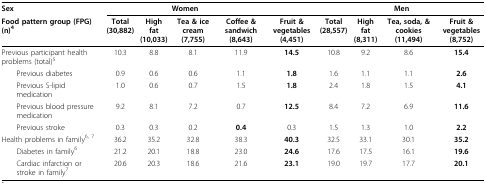
<table><thead><tr><td><b>Sex</b></td><td colspan="4"><b>Women</b></td><td></td><td colspan="4"><b>Men</b></td></tr><tr><td><b>Food pattern group (FPG)(n)<sup>4</sup></b></td><td><b>Total(30,882)</b></td><td><b>High fat(10,033)</b></td><td><b>Tea &amp; ice cream(7,755)</b></td><td><b>Coffee &amp; sandwich(8,643)</b></td><td><b>Fruit &amp; vegetables(4,451)</b></td><td><b>Total(28,557)</b></td><td><b>High fat(8,311)</b></td><td><b>Tea, soda, &amp; cookies(11,494)</b></td><td><b>Fruit &amp; vegetables(8,752)</b></td></tr></thead><tbody><tr><td>Previous participant health problems (total)<sup>5</sup></td><td>10.3</td><td>8.8</td><td>8.1</td><td>11.9</td><td><b>14.5</b></td><td>10.8</td><td>9.2</td><td>8.6</td><td><b>15.4</b></td></tr><tr><td> Previous diabetes</td><td>0.9</td><td>0.6</td><td>0.6</td><td>1.1</td><td><b>1.8</b></td><td>1.6</td><td>1.1</td><td>1.1</td><td><b>2.6</b></td></tr><tr><td> Previous S-lipid medication</td><td>1.0</td><td>0.6</td><td>0.7</td><td>1.5</td><td><b>1.8</b></td><td>2.4</td><td>1.8</td><td>1.5</td><td><b>4.1</b></td></tr><tr><td> Previous blood pressure medication</td><td>9.2</td><td>8.1</td><td>7.2</td><td>0.7</td><td><b>12.5</b></td><td>8.4</td><td>7.2</td><td>6.9</td><td><b>11.6</b></td></tr><tr><td> Previous stroke</td><td>0.3</td><td>0.3</td><td>0.2</td><td><b>0.4</b></td><td>0.3</td><td>1.5</td><td>1.3</td><td>1.0</td><td><b>2.2</b></td></tr><tr><td>Health problems in family<sup>6, 7</sup></td><td>36.2</td><td>35.2</td><td>32.8</td><td>38.3</td><td><b>40.3</b></td><td>32.5</td><td>33.1</td><td>30.1</td><td><b>35.2</b></td></tr><tr><td> Diabetes in family<sup>6</sup></td><td>21.2</td><td>20.1</td><td>18.8</td><td>23.0</td><td><b>24.6</b></td><td>17.6</td><td>17.5</td><td>16.1</td><td><b>19.6</b></td></tr><tr><td> Cardiac infarction or stroke in family<sup>7</sup></td><td>20.6</td><td>20.3</td><td>18.6</td><td>21.6</td><td><b>23.1</b></td><td>19.0</td><td>19.7</td><td>17.7</td><td><b>20.1</b></td></tr></tbody></table>